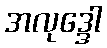
အလုဒ္ဒေါ